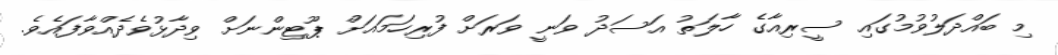
މި ބައްދަލުވުމުގައި ސީރިއާގެ ހާލަތު އަސަދު ވަނީ ވަރަށް ފުރިހަމައަށް ޕޫޓިންނަށް ވިދާޅުވެދެއްވާފައެވެ.